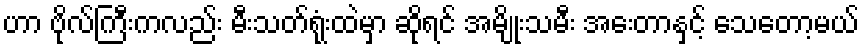
ဟာ ဗိုလ်ကြီးကလည်း မီးသတ်ရုံးထဲမှာ ဆိုရင် အမျိုးသမီး အေးတာနှင့် သေတော့မယ်